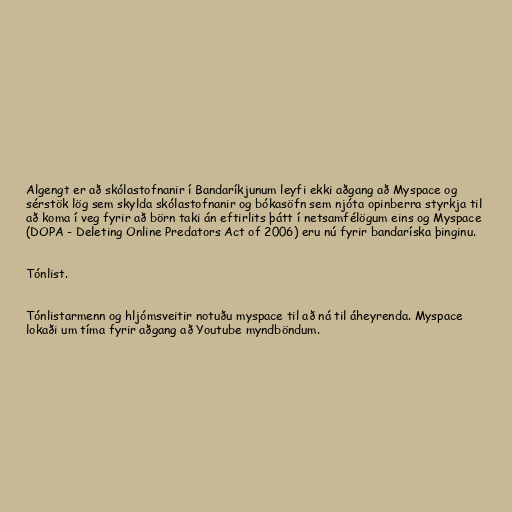
Algengt er að skólastofnanir í Bandaríkjunum leyfi ekki aðgang að Myspace og
sérstök lög sem skylda skólastofnanir og bókasöfn sem njóta opinberra styrkja til
að koma í veg fyrir að börn taki án eftirlits þátt í netsamfélögum eins og Myspace
(DOPA - Deleting Online Predators Act of 2006) eru nú fyrir bandaríska þinginu.

Tónlist.

Tónlistarmenn og hljómsveitir notuðu myspace til að ná til áheyrenda. Myspace
lokaði um tíma fyrir aðgang að Youtube myndböndum.